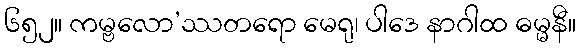
၆၅၂။ ကမ္ဗလော’ဿတရော မေရု၊ ပါဒေ နာဂါထ ဓမ္မနီ။